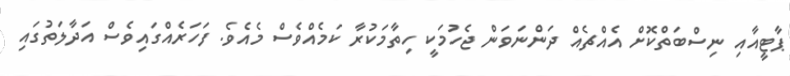
ޕާޓީއާއި ނިސްބަތްކޮށް އެއްޗެއް ދަންނަވަން ޖެހުމަކީ ހިތާމަކުރާ ކަމެއްވެސް މެއެވެ. ފަހަރެއްގައިވެސް އަދާލަތުގައި